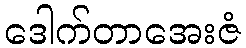
ဒေါက်တာအေးဇံ